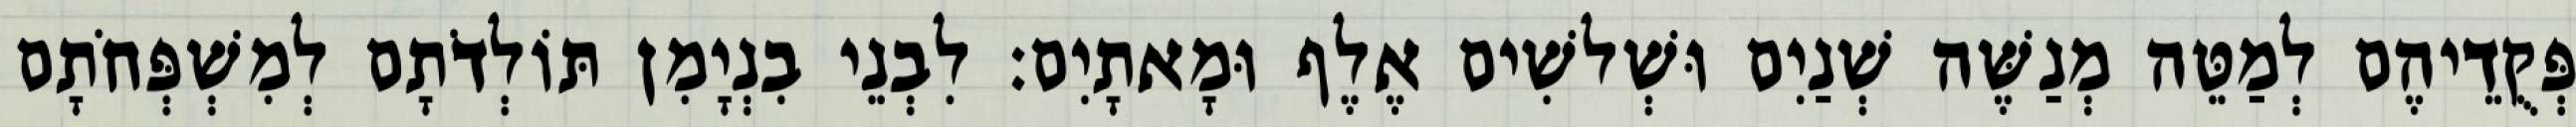
פְּקֻדֵיהֶם לְמַטֵּה מְנַשֶּׁה שְׁנַיִם וּשְׁלשִׁים אֶלֶף וּמָאתָיִם׃ לִבְנֵי בִנְיָמִן תּוֹלְדֹתָם לְמִשְׁפְּחֹתָם